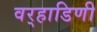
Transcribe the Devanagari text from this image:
वर्‍हाडिणी